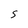
Character: 5